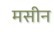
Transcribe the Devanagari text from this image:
मसीन